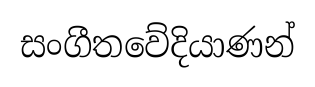
සංගීතවේදියාණන්